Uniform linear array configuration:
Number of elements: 8
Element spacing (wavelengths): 1
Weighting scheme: exponential
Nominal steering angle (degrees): -30
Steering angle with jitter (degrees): -31.209
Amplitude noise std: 0.05
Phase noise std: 0.05

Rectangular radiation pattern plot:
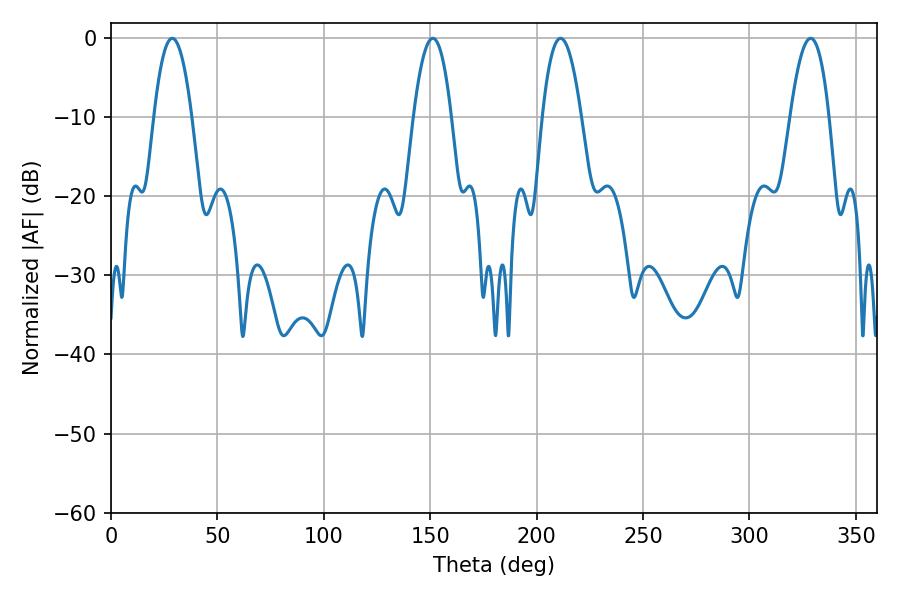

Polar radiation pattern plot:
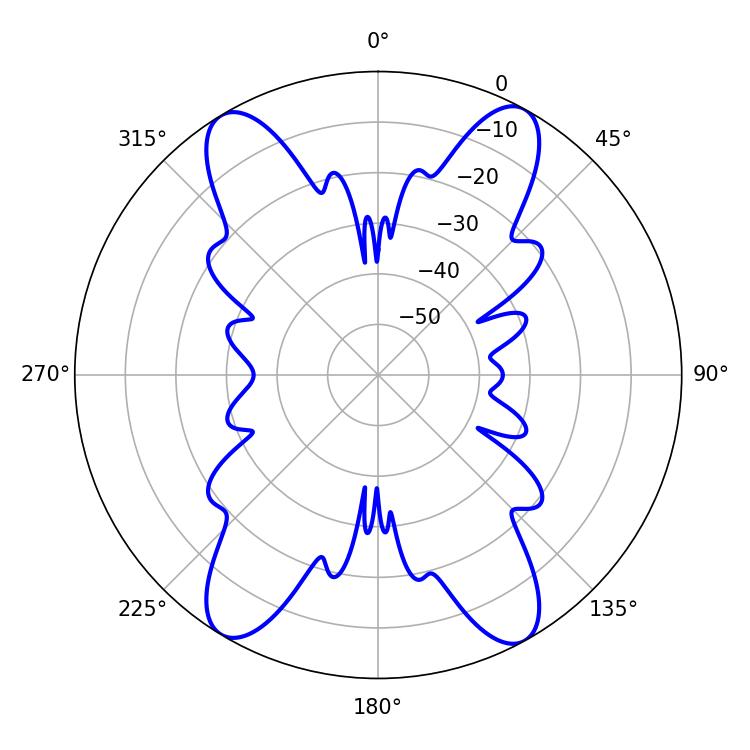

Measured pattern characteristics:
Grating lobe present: TRUE
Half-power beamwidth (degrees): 9.9
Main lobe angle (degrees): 28.8